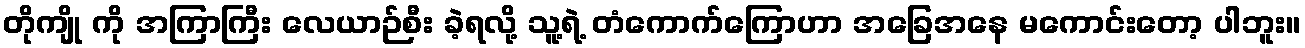
တိုကျို ကို အကြာကြီး လေယာဉ်စီး ခဲ့ရလို့ သူ့ရဲ့ တံကောက်ကြောဟာ အခြေအနေ မကောင်းတော့ ပါဘူး။